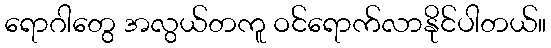
ရောဂါတွေ အလွယ်တကူ ဝင်ရောက်လာနိုင်ပါတယ်။